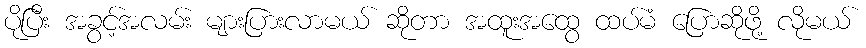
ပိုပြီး အခွင့်အလမ်း များပြားလာမယ် ဆိုတာ အထူးအထွေ ထပ်မံ ပြောဆိုဖို့ လိုမယ်